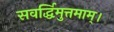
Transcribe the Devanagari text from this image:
सवर्द्धिमुत्तमाम्‌।